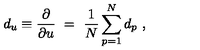
d _ { u } \equiv \frac { \partial } { \partial u } \ = \ \frac { 1 } { N } \sum _ { p = 1 } ^ { N } d _ { p } \ ,